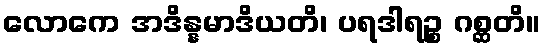
လောကေ အဒိန္နမာဒိယတိ၊ ပရဒါရဉ္စ ဂစ္ဆတိ။